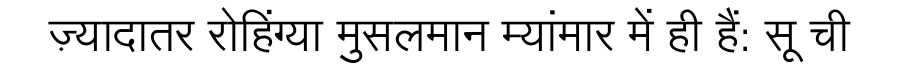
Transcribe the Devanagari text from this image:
ज़्यादातर रोहिंग्या मुसलमान म्यांमार में ही हैं: सू ची